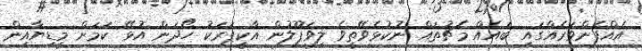
އެއްފެންވަރެއްގައި ބައެއް މެޗުތައް ނުކުޅެވޭތީވެ ލިވަޕޫލުން އާކީޕަރަކު ހޯދަން އުޅޭ ކަމަށް މީޑިޔާއިން